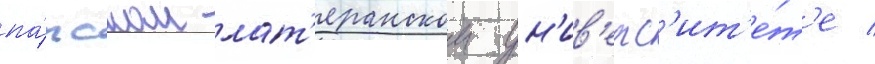
па́пском лат'еранском ун'ив'ерс'ит'е́т'е /